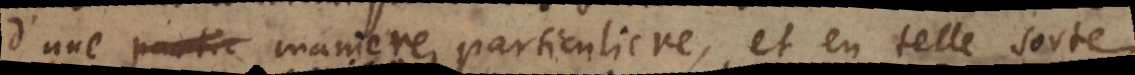
d’une maniere particuliere, et en telle sorte